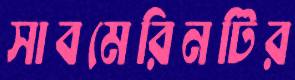
সাবমেরিনটির